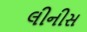
લીનીસ